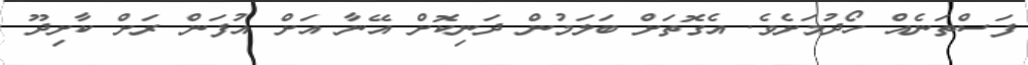
ފަސްތަނެއް ހޯދުމަށެވެ. އެގޮތަށް ބަލަމުން ދަނިކޮށް އޭނާ އަށް އުފަން ރަށް ކާށިދޫ